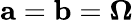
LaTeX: {\mathbf a=\mathbf b=\boldsymbol{\Omega}}